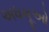
અધમૂઓ